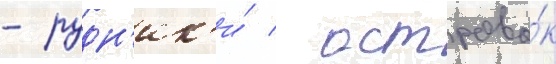
- рудн'ик'и́ / острово́к